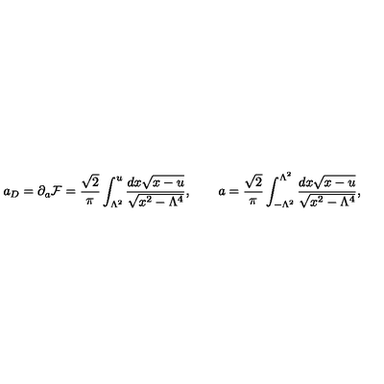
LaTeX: a _ { D } = \partial _ { a } { \cal F } = { \frac { \sqrt 2 } { \pi } } \int _ { \Lambda ^ { 2 } } ^ { u } { \frac { d x \sqrt { x - u } } { \sqrt { x ^ { 2 } - { \Lambda ^ { 4 } } } } } , \qquad a = { \frac { \sqrt 2 } { \pi } } \int _ { - { \Lambda ^ { 2 } } } ^ { \Lambda ^ { 2 } } { \frac { d x \sqrt { x - u } } { \sqrt { x ^ { 2 } - { \Lambda ^ { 4 } } } } } ,